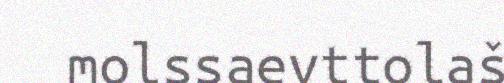
molssaevttolaš